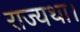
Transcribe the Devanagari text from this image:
राज्यथा।